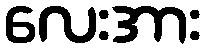
လေးအား